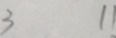
3 1 1